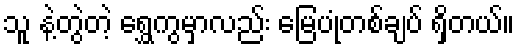
သူ နဲ့တွဲတဲ့ ရွှေကွမှာလည်း မြေပုံတစ်ချပ် ရှိတယ်။